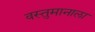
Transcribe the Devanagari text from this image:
वस्तुमानाला